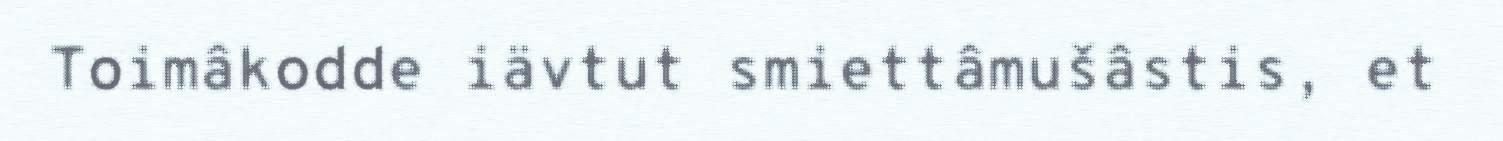
Toimâkodde iävtut smiettâmušâstis, et